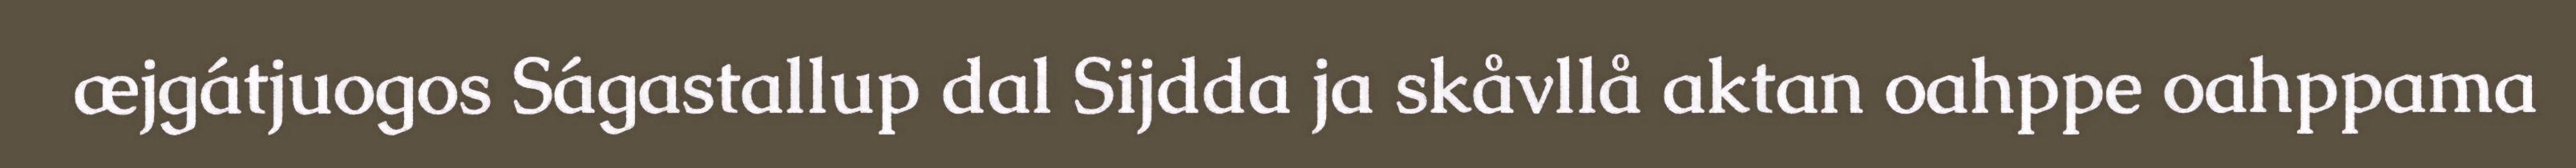
æjgátjuogos Ságastallup dal Sijdda ja skåvllå aktan oahppe oahppama